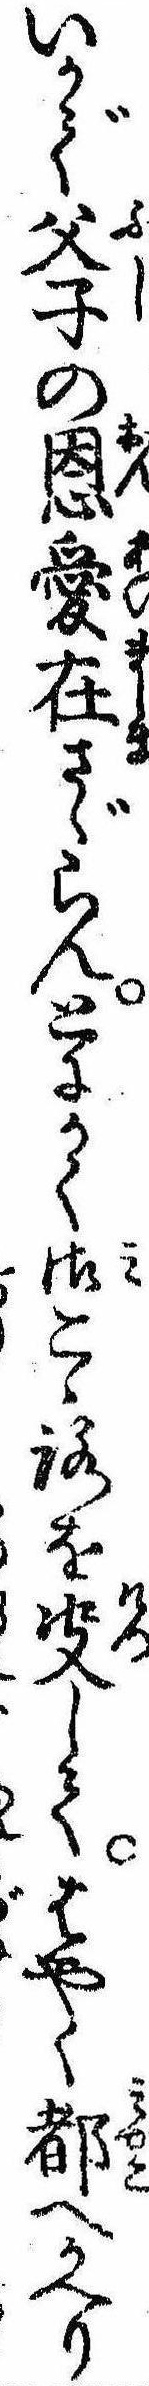
いかで父子の恩愛在さゞらんとにかく御こゝろを決してはやく都へかへり